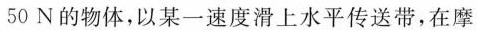
50N的物体，以某一速度滑上水平传送带，在摩